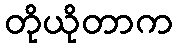
တိုယိုတာက